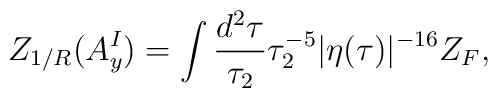
Z_{1/R}(A_y^I) = \int \frac{d^2\tau}{\tau_2}\tau_2^{-5}|\eta(\tau)|^{-16}Z_F,